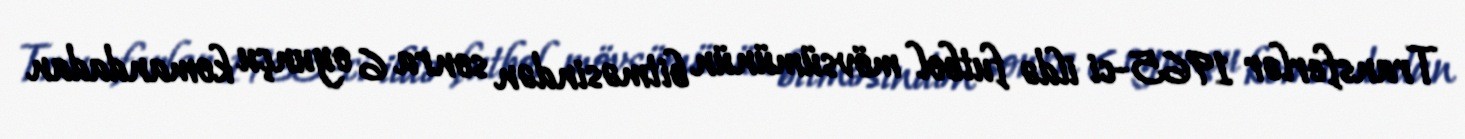
Transferlər 1965-ci ildə futbol mövsümünün bitməsindən sonra 6 oyunçu komandadan